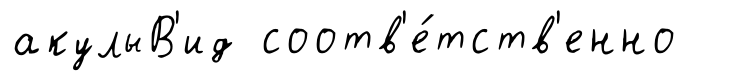
акулыВ'ид соотв'е́тств'енно